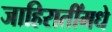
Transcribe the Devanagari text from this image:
जाहिरातींमधे